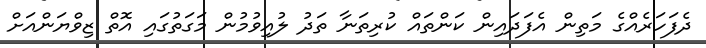
ދެފަހަރެއްގެ މަތިން އެފަދައިން ކަންތައް ކުރިތަނާ ތަދު ލުއިވުމުން މަގަތުގައި އޮތް ޒިވްޔަންއަށް